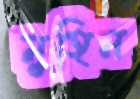
মুহিন